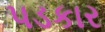
પડકાર